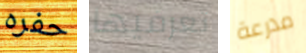
حفره تعرفيها مدرعة